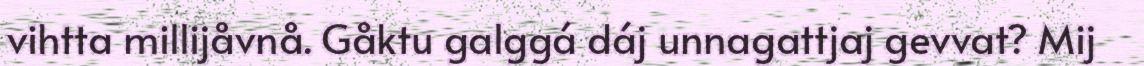
vihtta millijåvnå. Gåktu galggá dáj unnagattjaj gevvat? Mij